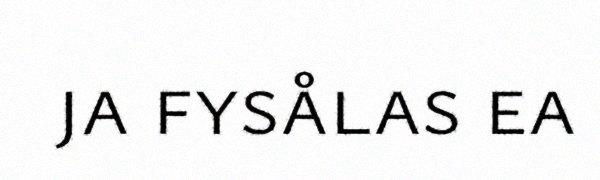
ja fysålas ea